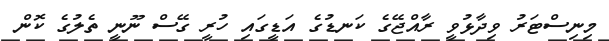
މިނިސްޓަރު ވިދާޅުވީ ރާއްޖޭގެ ކަނޑުގެ އަޑީގައި ހުރީ ގޭސް ނޫނީ ތެލުގެ ކޮން